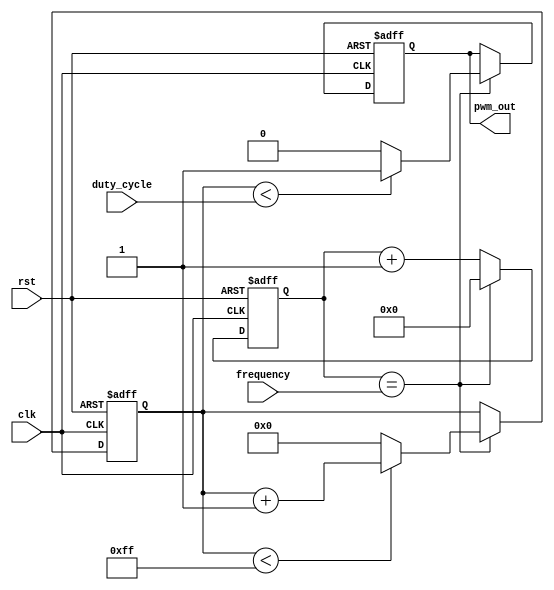
module pwm_timer (
    input clk, // clock signal
    input rst, // reset signal
    input [7:0] duty_cycle, // desired duty cycle value
    input [15:0] frequency, // desired frequency value
    output reg pwm_out // PWM output signal
);

reg [15:0] count; // counter for generating frequency
reg [7:0] duty_count; // counter for adjusting duty cycle

always @(posedge clk or posedge rst) begin
    if (rst) begin
        count <= 16'd0;
        duty_count <= 8'd0;
        pwm_out <= 1'b0;
    end else begin
        if (count == frequency) begin
            count <= 16'd0;
            duty_count <= duty_count < 255 ? duty_count + 1 : 8'd0;
            pwm_out <= duty_count < duty_cycle ? 1'b1 : 1'b0;
        end else begin
            count <= count + 1;
        end
    end
end

endmodule